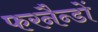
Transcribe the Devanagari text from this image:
फरनैन्डों